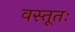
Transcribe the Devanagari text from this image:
वस्तूतः